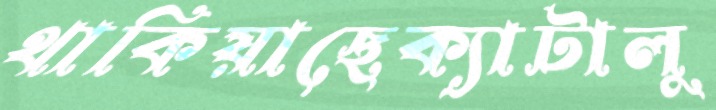
থাকিয়াছেক্যাটালু